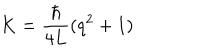
K = \frac { \hbar } { 4 L } ( q ^ { 2 } + 1 )